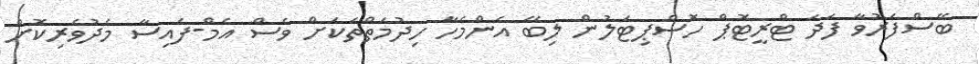
ބޭސްފަރުވާ ފަދަ ޓްރީޓޮޕް ހޮސްޕިޓަލުން ލިބޭ އެންމެހާ ހިދުމަތްތަކަށް ވެސް އެމް-ފައިސާ މެދުވެރިކޮށް